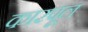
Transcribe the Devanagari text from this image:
कारपूल